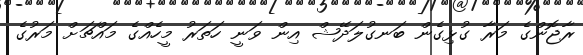
ރާޖޮންގެ މަރާ ގުޅިގެން ބަނގުލަދޭޝް އިން ވަނީ ހަތަރު މީހެއްގެ މައްޗަށް މަރުގެ